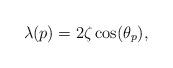
LaTeX: \begin{align*}\lambda(p)=2\zeta \cos(\theta_p),\end{align*}